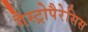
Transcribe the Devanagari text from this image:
गैस्ट्रोपैरेसिस